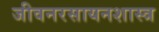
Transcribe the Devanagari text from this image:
जीवनरसायनशास्त्र